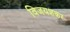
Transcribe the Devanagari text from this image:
विजयशकर